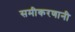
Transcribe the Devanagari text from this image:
समीकरणानी